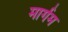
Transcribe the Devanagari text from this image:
मार्गम